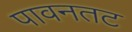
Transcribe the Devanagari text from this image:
पावनतट